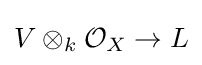
V\otimes _{k}{\mathcal {O}}_{X}\to L